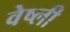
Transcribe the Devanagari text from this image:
वेष्ली